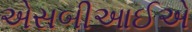
એસબીઆઈએ